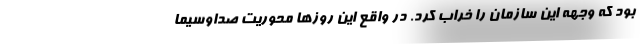
بود که وجهه این سازمان را خراب کرد. در واقع این روزها محوریت صداوسیما